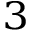
_ 3